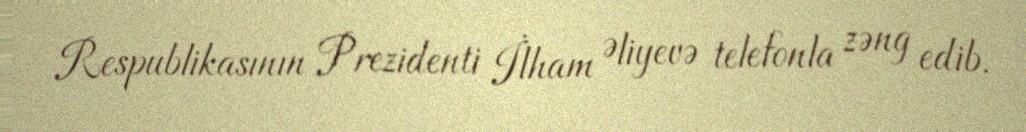
Respublikasının Prezidenti İlham Əliyevə telefonla zəng edib.